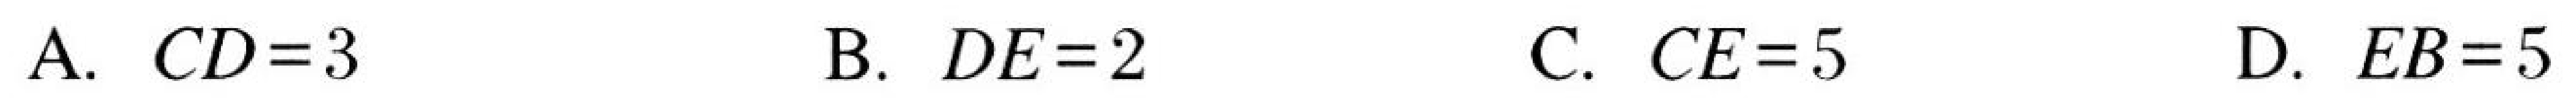
A. \(CD = 3\)  B. \(DE = 2\)  C. \(CE = 5\)  D. \(EB = 5\)